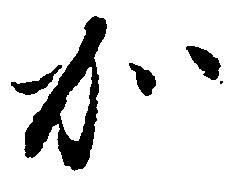
加